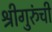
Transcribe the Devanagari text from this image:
श्रीगुरुंची